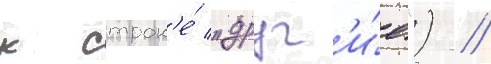
к строк'е́ "друг'и́е") //